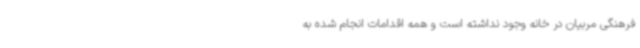
فرهنگی مربیان در خانه وجود نداشته‌ است و همه اقدامات انجام شده به